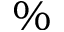
\%